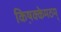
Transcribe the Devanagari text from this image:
किष़क्केमठम्